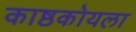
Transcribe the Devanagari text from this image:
काष्ठकोयला